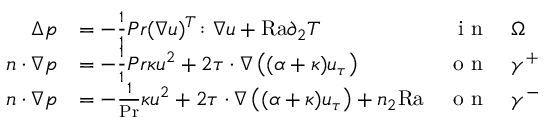
\begin{array} { r l r l } { \Delta p } & { = - \frac { 1 } { 1 } { { P r } } ( \nabla u ) ^ { T } \colon \nabla u + { \mathrm { R a } } \partial _ { 2 } T } & { \textnormal { i n } } & { \Omega } \\ { n \cdot \nabla p } & { = - \frac { 1 } { 1 } { { P r } } \kappa u ^ { 2 } + 2 \tau \cdot \nabla \left( ( \alpha + \kappa ) u _ { \tau } \right) } & { \textnormal { o n } } & { \gamma ^ { + } } \\ { n \cdot \nabla p } & { = - \frac { 1 } { \mathrm { P r } } \kappa u ^ { 2 } + 2 \tau \cdot \nabla \left( ( \alpha + \kappa ) u _ { \tau } \right) + n _ { 2 } \mathrm { { R a } } } & { \textnormal { o n } } & { \gamma ^ { - } } \end{array}